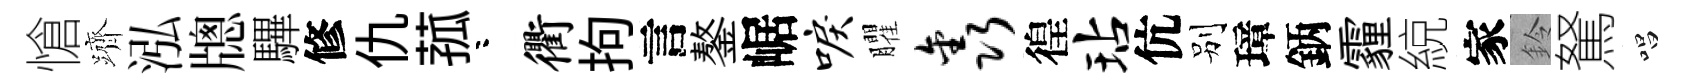
愴躋泓牕驆修仇菰咯衢拘言鏊崌唳臞鑫徨玷伉别璋鈵霾綂家鈴駑唱